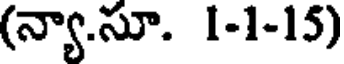
(న్యా.సూ. 1-1-15)